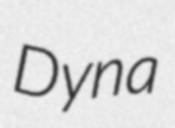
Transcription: Dyna